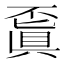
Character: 𠁒